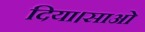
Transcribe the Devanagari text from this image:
दिया।साओ